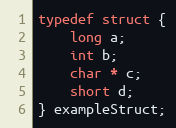
Language: C
typedef struct {
    long a;
    int b;
    char * c;
    short d;
} exampleStruct;